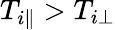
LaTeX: T_{i\parallel}>T_{i\perp}